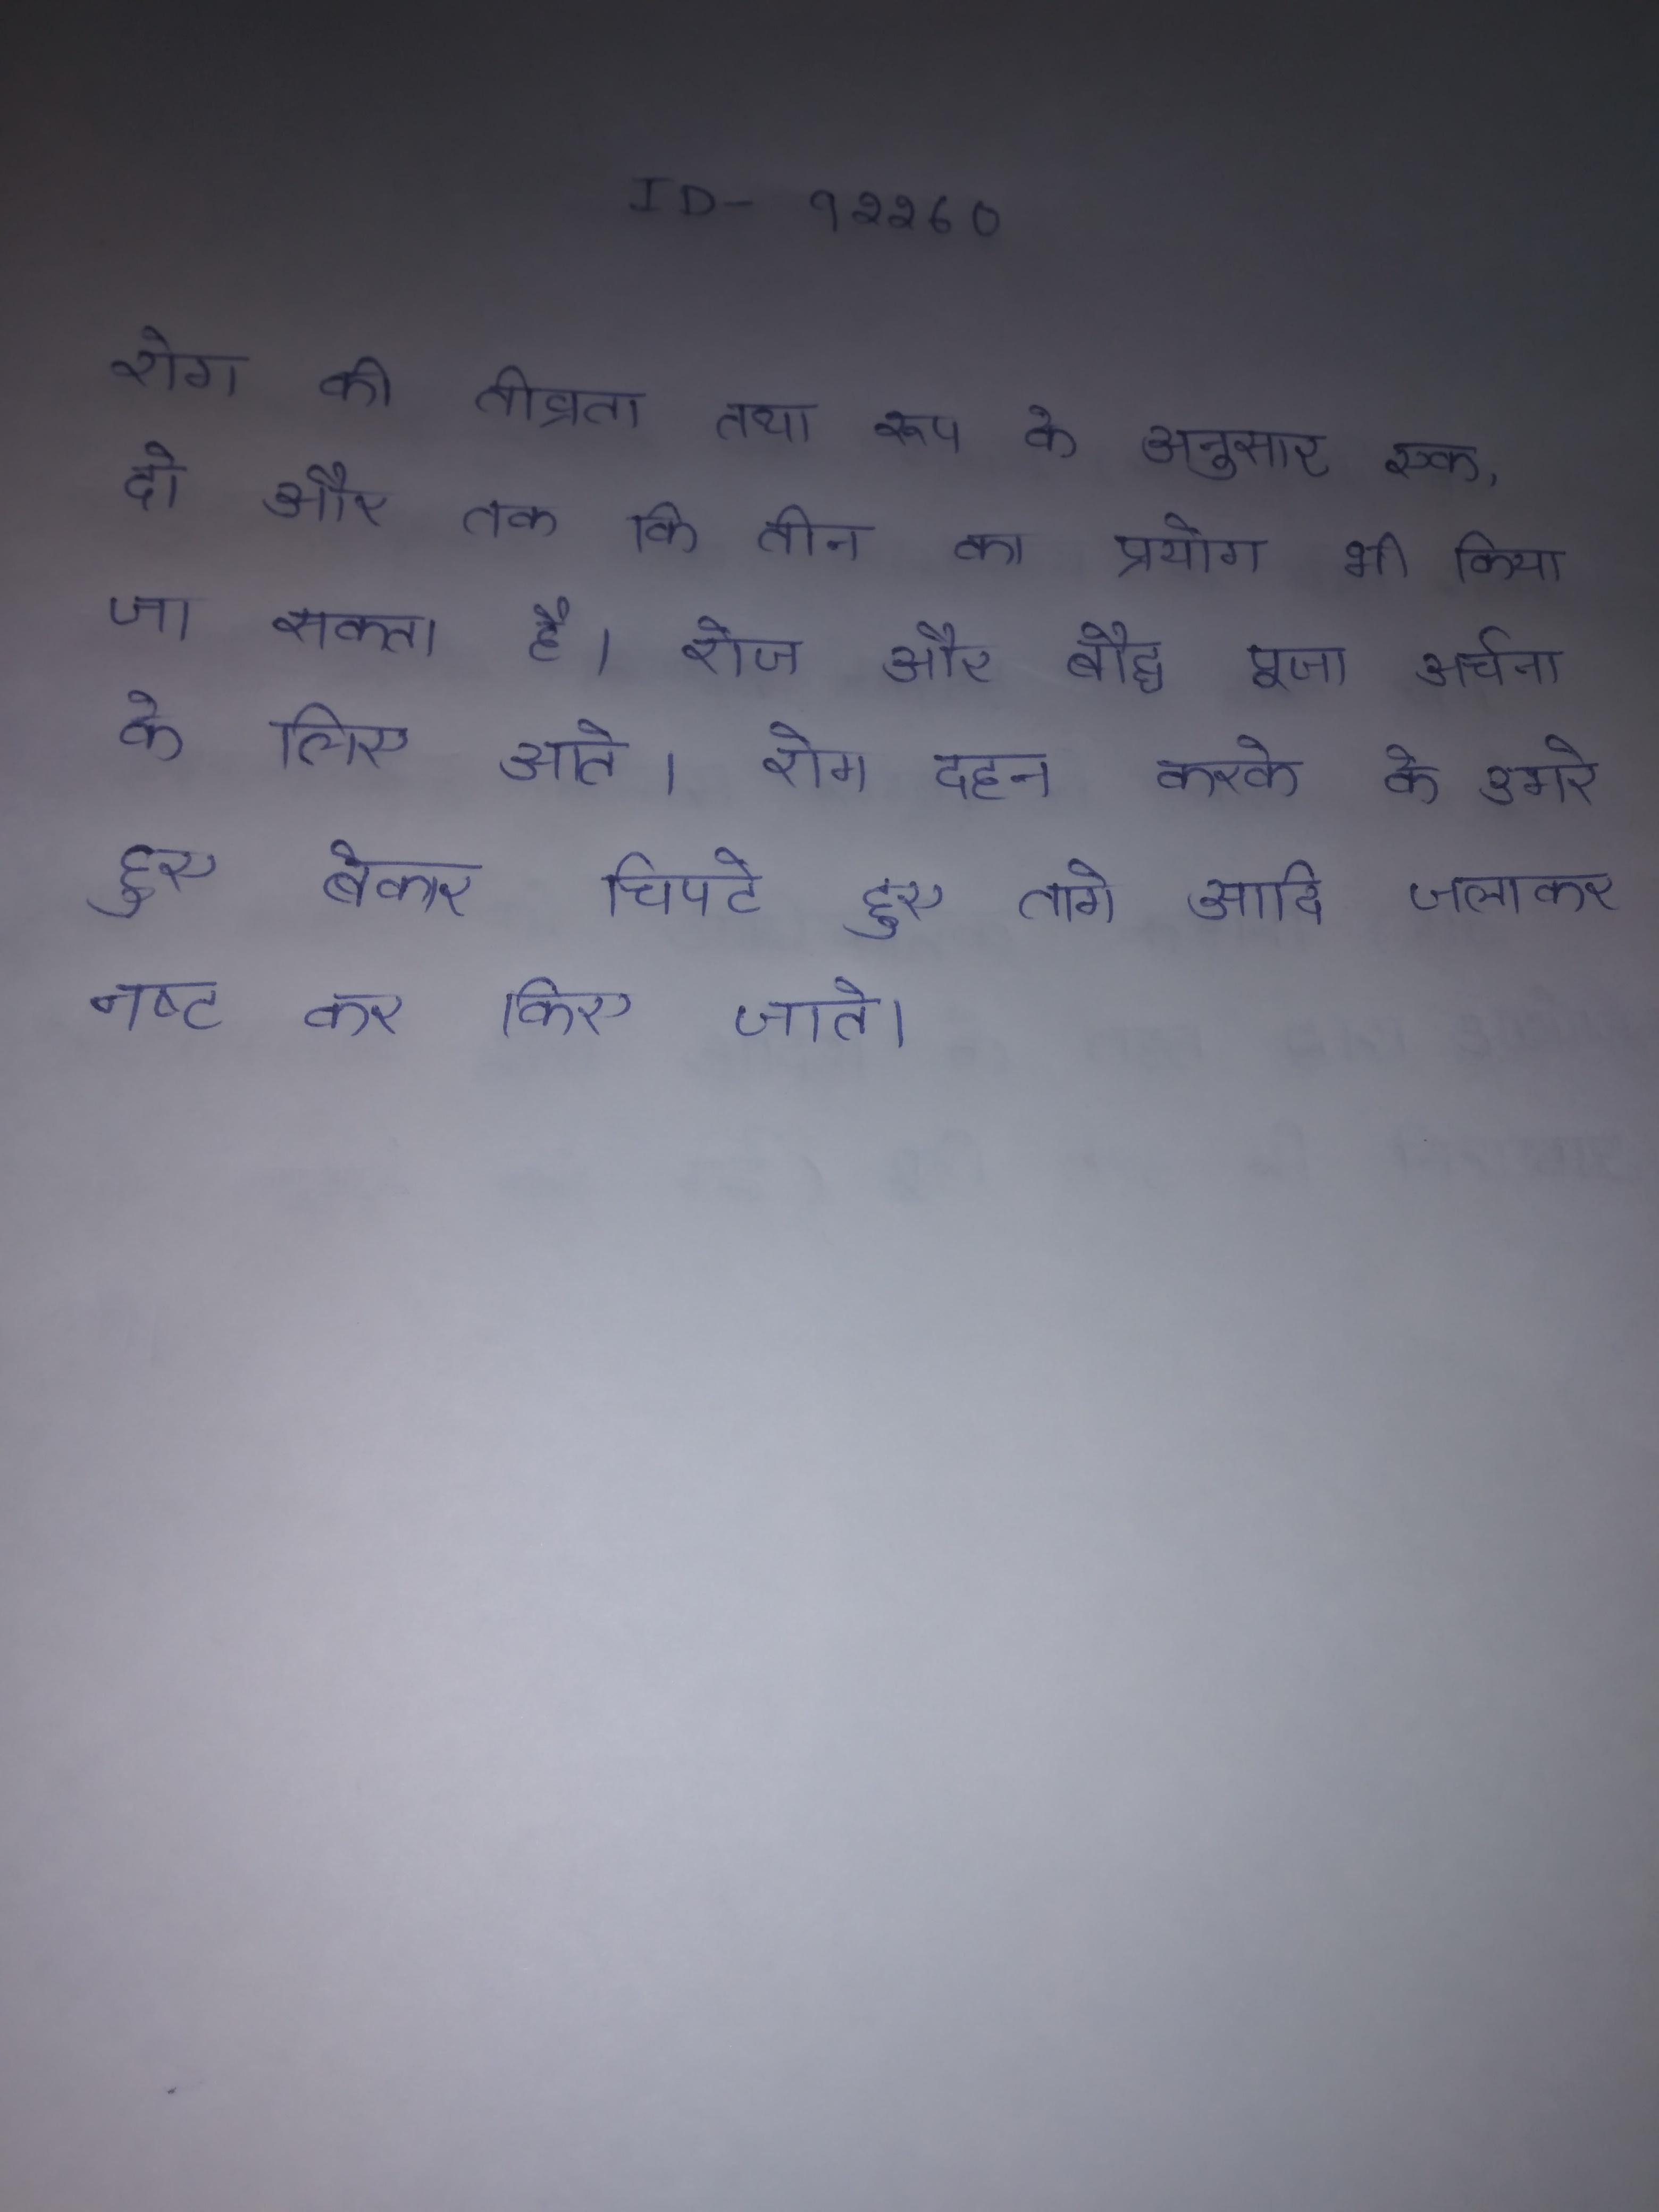
रोग की तीव्रता तथा रूप के अनुसार एक, दो और तक कि तीन का प्रयोग भी किया जा सकता है । रोज और बौद्ध पूजा अर्चना के लिए आते । रोम दहन करके के उभरे हुए बेकार चिपटे हुए तागे आदि जलाकर नष्ट कर किए जाते ।